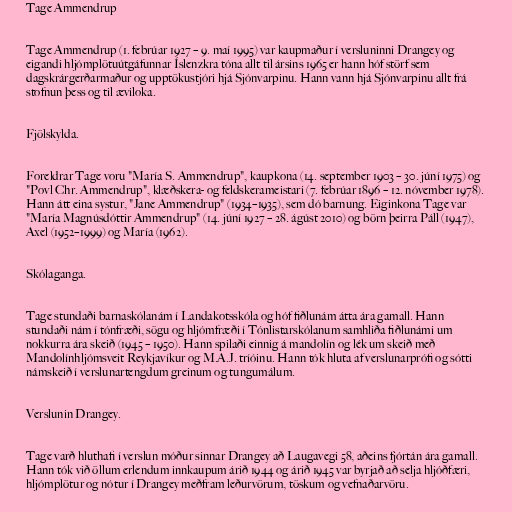
Tage Ammendrup

Tage Ammendrup (1. febrúar 1927 – 9. maí 1995) var kaupmaður í versluninni Drangey og
eigandi hljómplötuútgáfunnar Íslenzkra tóna allt til ársins 1965 er hann hóf störf sem
dagskrárgerðarmaður og upptökustjóri hjá Sjónvarpinu. Hann vann hjá Sjónvarpinu allt frá
stofnun þess og til æviloka.

Fjölskylda.

Foreldrar Tage voru "María S. Ammendrup", kaupkona (14. september 1903 – 30. júní 1975) og
"Povl Chr. Ammendrup", klæðskera- og feldskerameistari (7. febrúar 1896 – 12. nóvember 1978).
Hann átt eina systur, "Jane Ammendrup" (1934–1935), sem dó barnung. Eiginkona Tage var
"María Magnúsdóttir Ammendrup" (14. júní 1927 – 28. ágúst 2010) og börn þeirra Páll (1947),
Axel (1952–1999) og María (1962).

Skólaganga.

Tage stundaði barnaskólanám í Landakotsskóla og hóf fiðlunám átta ára gamall. Hann
stundaði nám í tónfræði, sögu og hljómfræði í Tónlistarskólanum samhliða fiðlunámi um
nokkurra ára skeið (1945 – 1950). Hann spilaði einnig á mandolín og lék um skeið með
Mandolínhljómsveit Reykjavíkur og M.A.J. tríóinu. Hann tók hluta af verslunarprófi og sótti
námskeið í verslunartengdum greinum og tungumálum.

Verslunin Drangey.

Tage varð hluthafi í verslun móður sinnar Drangey að Laugavegi 58, aðeins fjórtán ára gamall.
Hann tók við öllum erlendum innkaupum árið 1944 og árið 1945 var byrjað að selja hljóðfæri,
hljómplötur og nótur í Drangey meðfram leðurvörum, töskum og vefnaðarvöru.